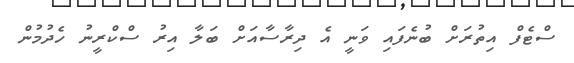
ސްޓެފް އިތުރަށް ބުނެފައި ވަނީ އެ ދިރާސާއަށް ބަލާ އިރު ސްކްރީނު ހެދުމުން